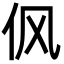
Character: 㐽